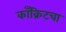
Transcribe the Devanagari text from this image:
काँक्रिटचा